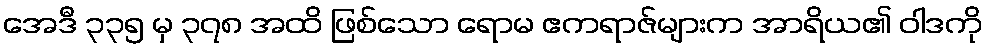
အေဒီ ၃၃၅ မှ ၃၇၈ အထိ ဖြစ်သော ရောမ ဧကရာဇ်များက အာရိယ၏ ဝါဒကို